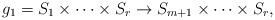
LaTeX: \begin{align*} g_1= S_{1}\times \dots \times S_{r} \to S_{m+1}\times \dots \times S_{r},\end{align*}